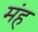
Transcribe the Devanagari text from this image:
मंह